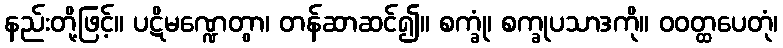
နည်းတို့ဖြင့်။ ပဋိမဏ္ဍေတွာ၊ တန်ဆာဆင်၍။ စက္ခုံ၊ စက္ခုပသာဒကို။ ဝဝတ္ထပေတုံ၊